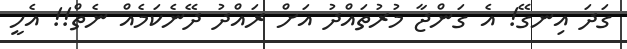
ގަދަ އިނގޭ! އެ ގަންޖާ މުރުތައްދު އަށް ރައްދު ދޭނެކަމެއް ނެތް!! އެހީ